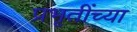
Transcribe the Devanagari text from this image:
प्रभृतींच्या